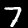
Label: 7